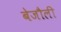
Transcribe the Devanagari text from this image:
बेजौली